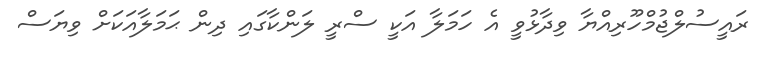
ރައީސުލްޖުމްހޫރިއްޔާ ވިދާޅުވީ އެ ހަމަލާ އަކީ ސްރީ ލަންކާގައި ދިން ޙަމަލާއަކަށް ވިޔަސް